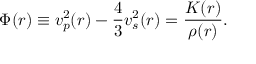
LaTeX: \Phi ( r ) \equiv v _ { p } ^ { 2 } ( r ) - { \frac { 4 } { 3 } } v _ { s } ^ { 2 } ( r ) = { \frac { K ( r ) } { \rho ( r ) } } .